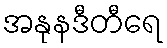
အနုနဒီတီရေ